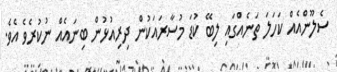
ސެލޫންއެއް ކަހަލަ ތަނެއްގައި ލިބޭ ކުޑަ މުސާރައަކުން ދިރިއުޅުން ބިނައެއް ނުކުރެވެ އެވެ.